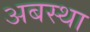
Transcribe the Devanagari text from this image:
अबस्था